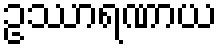
ဥဿာရဏာယ